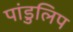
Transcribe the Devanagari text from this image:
पांडुलिप